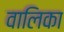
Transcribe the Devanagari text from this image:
वालिका